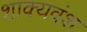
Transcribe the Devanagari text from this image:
शाक्यवंश